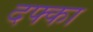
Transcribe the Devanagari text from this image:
दफ्का